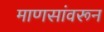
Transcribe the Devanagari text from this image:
माणसांवरून